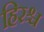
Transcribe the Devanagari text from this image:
हिरश्च